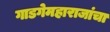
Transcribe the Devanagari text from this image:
गाडगेमहाराजांचा